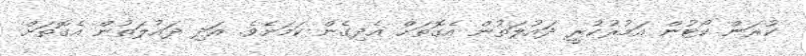
ކުރަން ކޯޓުން އަމުރުކުރީ ދައުލަތުން އެގޮތަށް އެދިގެން ކަމަށެވެ. އަަދި ދައުލަތުން އެގޮތަށް